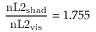
\frac { \mathrm { n L 2 } _ { \mathrm { s h a d } } } { \mathrm { n L 2 } _ { \mathrm { v i s } } } = 1 . 7 5 5